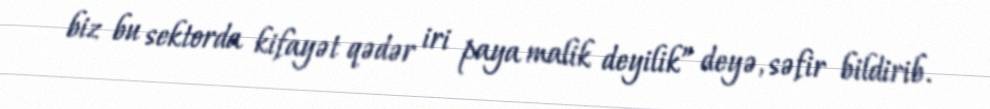
biz bu sektorda kifayət qədər iri paya malik deyilik” deyə, səfir bildirib.